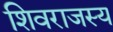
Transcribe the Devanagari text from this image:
शिवराजस्य